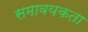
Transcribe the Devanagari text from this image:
समावयकता